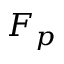
F _ { p }